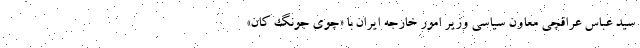
سید عباس عراقچی معاون سیاسی وزیر امور خارجه ایران با «چوی جونگ کان»